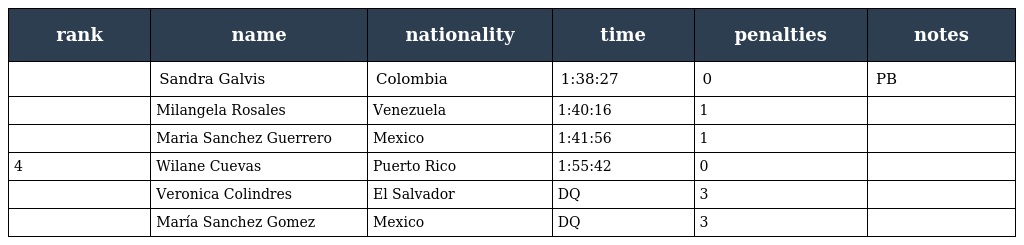
| rank | name | nationality | time | penalties | notes |
 | --- | --- | --- | --- | --- | --- |
 |  | Sandra Galvis | Colombia | 1:38:27 | 0 | PB |
 |  | Milangela Rosales | Venezuela | 1:40:16 | 1 |  |
 |  | Maria Sanchez Guerrero | Mexico | 1:41:56 | 1 |  |
 | 4 | Wilane Cuevas | Puerto Rico | 1:55:42 | 0 |  |
 |  | Veronica Colindres | El Salvador | DQ | 3 |  |
 |  | María Sanchez Gomez | Mexico | DQ | 3 |  |